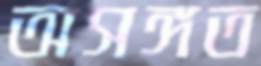
অসঙ্গত